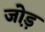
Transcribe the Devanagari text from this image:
जो़ड़